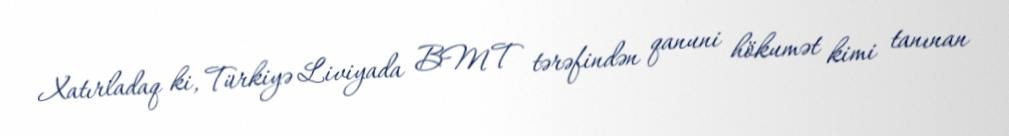
Xatırladaq ki, Türkiyə Liviyada BMT tərəfindən qanuni hökumət kimi tanınan